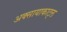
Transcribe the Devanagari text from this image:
अक्सायाकाट्ल